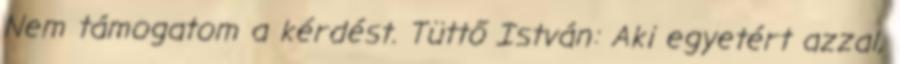
Nem támogatom a kérdést. Tüttő István: Aki egyetért azzal,